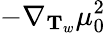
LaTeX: -\nabla_{\mathbf{T}_{w}}\mu_{0}^{2}